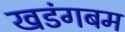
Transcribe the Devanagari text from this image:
खडंगबम